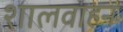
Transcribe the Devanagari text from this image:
शालवाहन